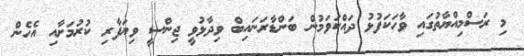
މި ރަސްމިއްޔާތުގައި ވާހަކަފުޅު ދައްކަވަމުން ބަންޑާރަނައިބް ވިދާޅުވީ ޖިންސީ ވިޔަފާރި ކުރުމަށާއި އެހެން